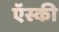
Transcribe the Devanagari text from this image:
ऍस्की